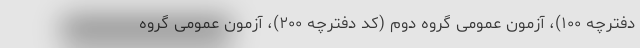
دفترچه ۱۰۰)، آزمون عمومی گروه دوم (کد دفترچه ۲۰۰)، آزمون عمومی گروه